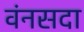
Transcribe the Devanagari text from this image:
वंनसदा